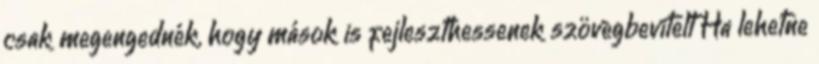
csak megengednék, hogy mások is fejleszthessenek szövegbevitelt Ha lehetne